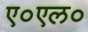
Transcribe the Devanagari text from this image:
ए०एल०